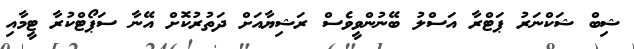
ޝިބް ޝަކްނަރު ޕަޓްރާ އަސްލު ބޭނުންވީވެސް ރަޝިޔާއަށް ދަތުރުކޮށް އޭނާ ސަޕޯޓްކުރާ ޓީމާއި